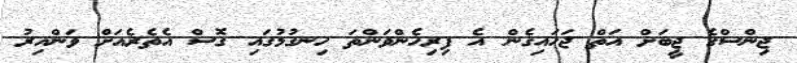
ޖިންސްގެ ޖީބަށް އަތް ޖަހައިގެން އެ ފިރިހެންވަންތަ ހިނގުމުގައި ގޮސް އެތެރެއަށް ވަންއިރު